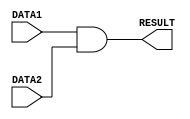
/*
    * CO224 - Computer Architecture
    * Lab 05 - Part 3
    * and unit
    * Group 09 (E/20/148, E/20/157)
    * 2024-04-24
    * Version 1.0
*/


// ALU and unit is used to do and operation in the ALU
module myAND(DATA1, DATA2, RESULT);
    // Input-output Declaration
    input [7:0] DATA1, DATA2;
    output [7:0] RESULT;

    // Result
    assign #1 RESULT = DATA1 & DATA2;
endmodule